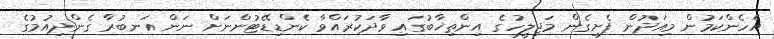
އެހެންކަމުން މިއަދުން ފެށިގެން މަޖިލީހުގެ އިންތިޚާބުގައި ވާދަކުރައްވާ ކެންޑިޑޭޓުންނަށް ނަން އަނބުރާ ގެންދިއުމުގެ